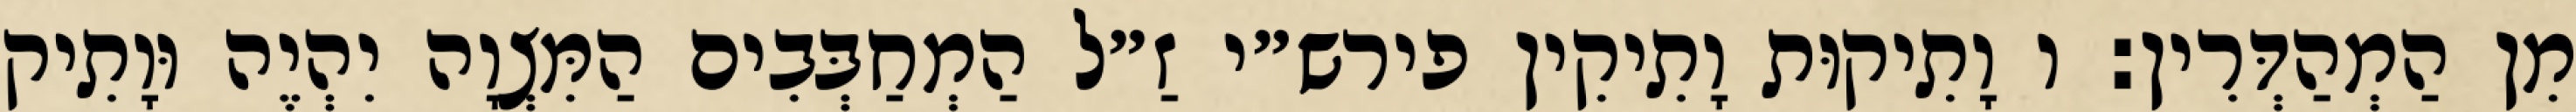
מִן הַמְהַדְּרִין: ו וָתִיקוּת וָתִיקִין פירש״י זַ״ל הַמְחַבְּבִים הַמִּצְוָה יִהְיֶה וּוָתִיק